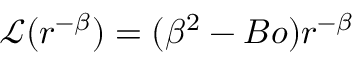
\mathcal { L } ( r ^ { - \beta } ) = ( \beta ^ { 2 } - B o ) r ^ { - \beta }